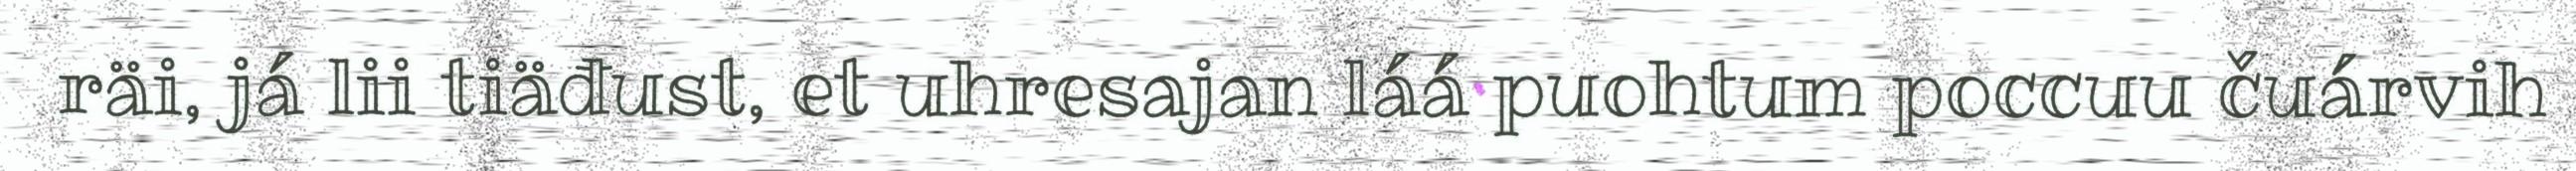
räi, já lii tiäđust, et uhresajan láá puohtum poccuu čuárvih